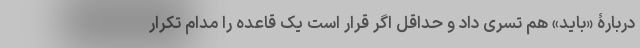
دربارۀ «باید» هم تسری داد و حداقل اگر قرار است یک قاعده را مدام تکرار